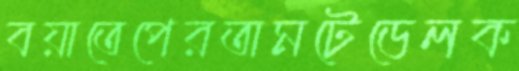
বয়াতেপেরতামটেডেলক